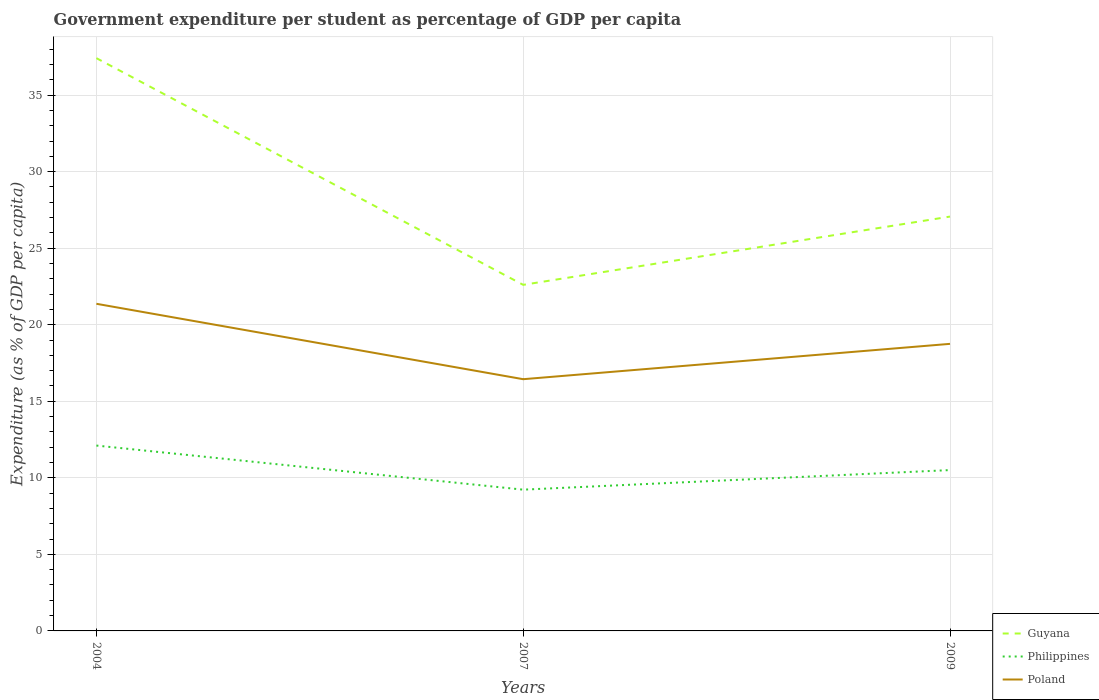
| Years | Guyana | Philippines | Poland |
 | --- | --- | --- | --- |
 | 2004 | 37.4 | 12.1 | 21.4 |
 | 2007 | 22.6 | 9.23 | 16.4 |
 | 2009 | 27.1 | 10.5 | 18.8 |